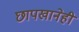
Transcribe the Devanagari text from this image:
छापखानेही